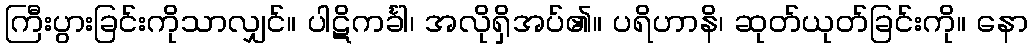
ကြီးပွားခြင်းကိုသာလျှင်။ ပါဋိကင်္ခါ၊ အလိုရှိအပ်၏။ ပရိဟာနိ၊ ဆုတ်ယုတ်ခြင်းကို။ နော